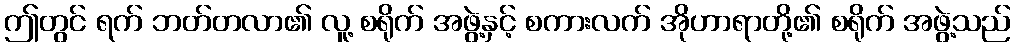
ဤတွင် ရက် ဘတ်တလာ၏ လူ့ စရိုက် အဖွဲ့နှင့် စကားလက် အိုဟာရာတို့၏ စရိုက် အဖွဲ့သည်